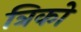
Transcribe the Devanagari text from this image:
त्रिको